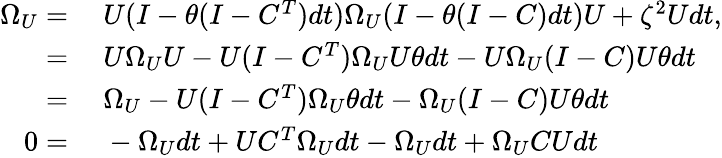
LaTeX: \begin{array}{rl}{\Omega_{U}=}&{{}\ U(I-\theta(I-C^{T})dt)\Omega_{U}(I-\theta(I-C)dt)U+\zeta^{2}Udt,}\\ {=}&{{}\ U\Omega_{U}U-U(I-C^{T})\Omega_{U}U\theta dt-U\Omega_{U}(I-C)U\theta dt}\\ {=}&{{}\ \Omega_{U}-U(I-C^{T})\Omega_{U}\theta dt-\Omega_{U}(I-C)U\theta dt}\\ {0=}&{{}\ -\Omega_{U}dt+UC^{T}\Omega_{U}dt-\Omega_{U}dt+\Omega_{U}CUdt}\end{array}